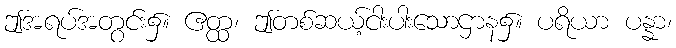
ဤအရပ်အတွင်း၌။ ဧတ္ထ၊ ဤတစ်ဆယ့်ငါးပါးသောဌာန၌။ ပရိယာ ပန္နာ၊